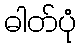
ဓါတ်ပုံ